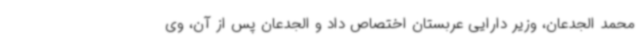
محمد الجدعان، وزیر دارایی عربستان اختصاص داد و الجدعان پس از آن، وی